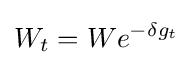
W_{t}=We^{-\delta g_{t}}